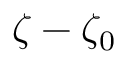
\zeta - \zeta _ { 0 }